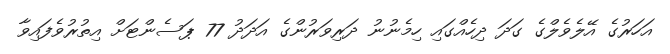
އަހަރުގެ އޭލެވެލްގެ ގަދަ ދިހެއްގައި ހިމެނުނު ދަރިވަރުންގެ އަދަދު 77 ޕަސެންޓަށް އިތުރުވެފައިވާ